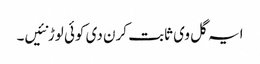
ایہ گل وی ثابت کرن دی کوئی لوڑ نئیں۔